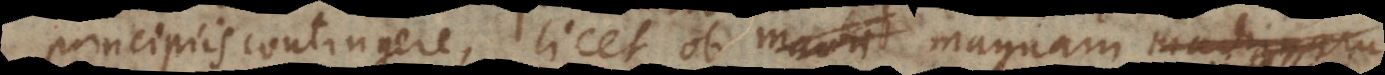
principiis contingere, licet ob machi magnam mach